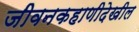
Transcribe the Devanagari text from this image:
जीवनकहाणीदेखील